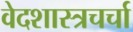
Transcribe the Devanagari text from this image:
वेदशास्त्रचर्चा